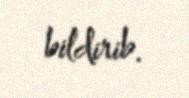
bildirib.